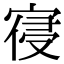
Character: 寑